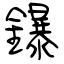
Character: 鑤